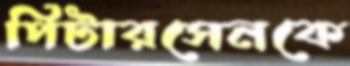
পিটারসেনকে